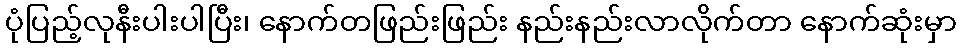
ပုံပြည့်လုနီးပါးပါပြီး၊ နောက်တဖြည်းဖြည်း နည်းနည်းလာလိုက်တာ နောက်ဆုံးမှာ